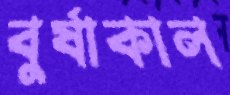
বুর্ষাকাল